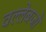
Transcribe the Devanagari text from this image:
वल्लेबजों